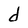
Character: d